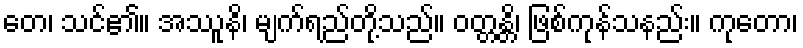
တေ၊ သင်၏။ အဿူနိ၊ မျက်ရည်တို့သည်။ ဝတ္တန္တိ၊ ဖြစ်ကုန်သနည်း။ ကုတော၊